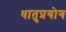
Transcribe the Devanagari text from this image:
धातुप्रयोग